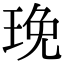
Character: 㻊